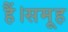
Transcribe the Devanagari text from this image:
हैं।समूह